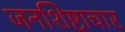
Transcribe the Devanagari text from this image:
जनशिष्टाचार